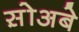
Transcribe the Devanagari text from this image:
स़ोअबे